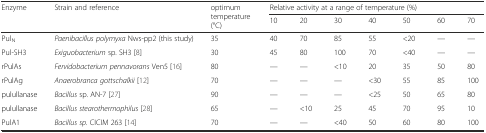
<table><thead><tr><td rowspan="2"><b>Enzyme</b></td><td rowspan="2"><b>Strain and reference</b></td><td rowspan="2"><b>optimum temperature (°C)</b></td><td colspan="7"><b>Relative activity at a range of temperature (%)</b></td></tr><tr><td><b>10</b></td><td><b>20</b></td><td><b>30</b></td><td><b>40</b></td><td><b>50</b></td><td><b>60</b></td><td><b>70</b></td></tr></thead><tbody><tr><td>Pul<sub>N</sub></td><td><i>Paenibacillus polymyxa</i> Nws-pp2 (this study)</td><td>35</td><td>40</td><td>70</td><td>85</td><td>55</td><td>&lt;20</td><td>—</td><td>—</td></tr><tr><td>Pul-SH3</td><td><i>Exiguobacterium</i> sp. SH3 [8]</td><td>30</td><td>45</td><td>80</td><td>100</td><td>70</td><td>&lt;40</td><td>—</td><td>—</td></tr><tr><td>rPulAs</td><td><i>Fervidobacterium pennavorans</i> Ven5 [16]</td><td>80</td><td>—</td><td>—</td><td>&lt;10</td><td>20</td><td>35</td><td>50</td><td>80</td></tr><tr><td>rPulAg</td><td><i>Anaerobranca gottschalkii</i> [12]</td><td>70</td><td>—</td><td>—</td><td>—</td><td>&lt;30</td><td>55</td><td>85</td><td>100</td></tr><tr><td>pulullanase</td><td><i>Bacillus</i> sp. AN-7 [27]</td><td>90</td><td>—</td><td>—</td><td>—</td><td>&lt;25</td><td>50</td><td>65</td><td>80</td></tr><tr><td>pulullanase</td><td><i>Bacillus stearothermophilus</i> [28]</td><td>65</td><td>—</td><td>&lt;10</td><td>25</td><td>45</td><td>70</td><td>95</td><td>10</td></tr><tr><td>PulA1</td><td><i>Bacillus sp.</i> CICIM 263 [14]</td><td>70</td><td>—</td><td>—</td><td>&lt;40</td><td>50</td><td>60</td><td>80</td><td>100</td></tr></tbody></table>